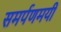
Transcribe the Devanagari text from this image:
समर्पणमयी